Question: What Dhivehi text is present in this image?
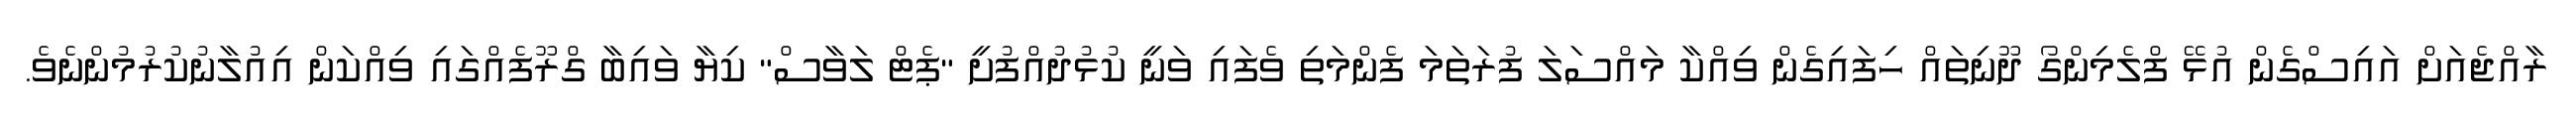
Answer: ރާއްޖެއަށް އައިސްގެން އުޅޭ ފްލެމިންގޯ ދޫނިތައް ހިފައިގެން ވިއްކާ މައްސަލަ ފުރަތަމަ ފެންމަތި ވެފައި ވަނީ ކުޅުދުއްފުށީ "ޕެޓް ލަވާސް" ކިޔާ ވައިބާ ގްރޫފެއްގައި ވިއްކަން އިއުލާނުކުރުމުންނެވެ.